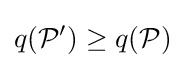
q({\mathcal {P'}})\geq q({\mathcal {P}})